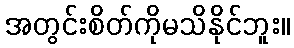
အတွင်းစိတ်ကိုမသိနိုင်ဘူး။